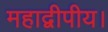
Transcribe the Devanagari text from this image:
महाद्वीपीय।